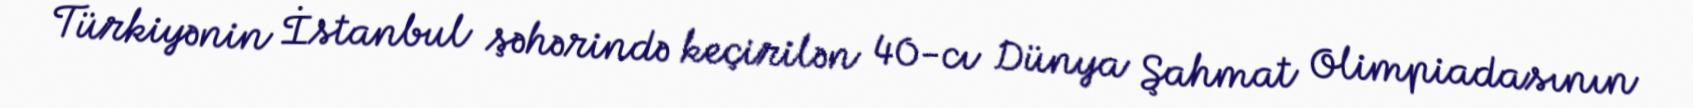
Türkiyənin İstanbul şəhərində keçirilən 40-cı Dünya Şahmat Olimpiadasının